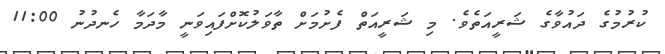
ކުރުމުގެ ދައުވާގެ ޝަރީއަތެވެ. މި ޝަރީއަތް ފެށުމަށް ތާވަލުކޮށްފައިވަނީ މާދަމާ ހެނދުނު 11:00